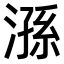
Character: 𣻆